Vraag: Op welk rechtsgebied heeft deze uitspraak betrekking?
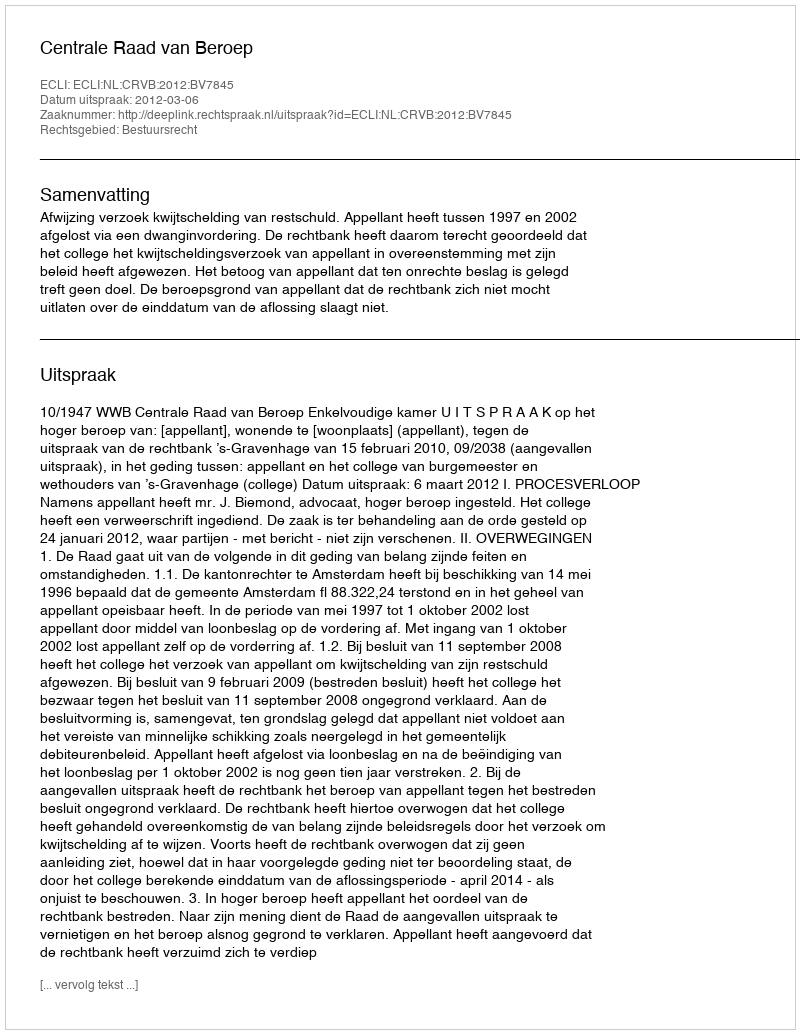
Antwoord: Bestuursrecht